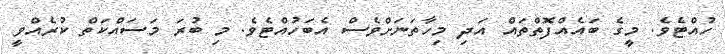
ހުއްޓެވެ. މީގެ ބައެއްފޮތްތައް އަދި މިހާތަނަށްވެސް އެބަހުއްޓެވެ. މި ބުރަ މަސައްކަތް ކުރެއްވީ